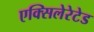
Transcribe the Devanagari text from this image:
एक्सिलेरेटेड